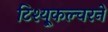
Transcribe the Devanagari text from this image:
टिश्यू्कल्चरने